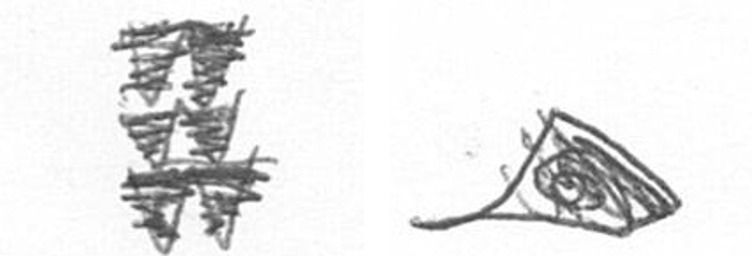
Y O